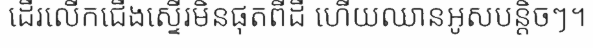
ដើរលើកជើងស្ទើរមិនផុតពីដី ហើយឈានអូសបន្តិចៗ។